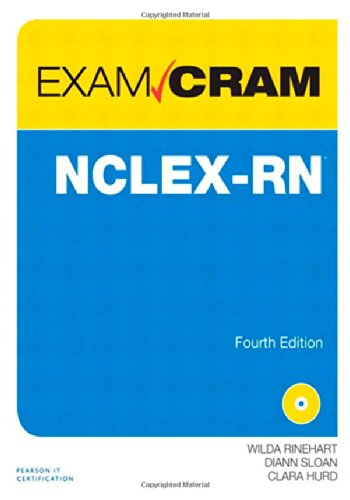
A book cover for NCLEX-RN Exam Cram (4th Edition); Wilda Rinehart; Test Preparation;